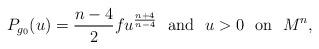
LaTeX: \begin{align*}P_{g_0}( u)={n-4 \over 2}f u^{n+4 \over n-4} \hbox{~~and~~} u>0 \hbox{~~on~~} M^n,\end{align*}